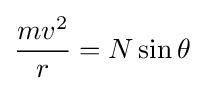
{mv^{2} \over r}=N\sin \theta